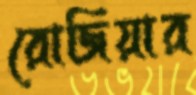
রোজিয়ার